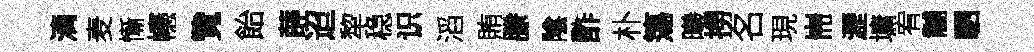
滴麦慚幰覽飴薛迢犂稳识滔賄縢隂酢朴簜曦撈名現耑瀝墉宥黼駟